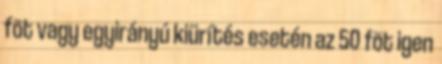
fõt vagy egyirányú kiürítés esetén az 50 fõt igen